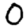
Digit: 0